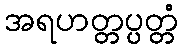
အရဟတ္တပ္ပတ္တံ